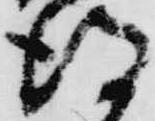
得